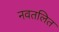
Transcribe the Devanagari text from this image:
नवतलित